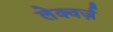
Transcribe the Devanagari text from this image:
लेक्चर्ज़